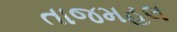
તાજમહલ